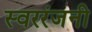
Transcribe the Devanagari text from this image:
स्वररंजनी